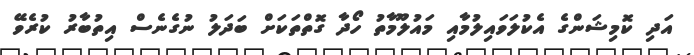
އަދި ކޮމިޝަންގެ އެކުލަވައިލުމާއި މައުލޫމާތު ހޯދާ ގޮތްތަކަށް ބަދަލު ނުގެނެސް އިތުބާރު ކުރެވޭ